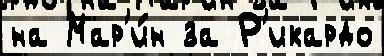
на Мар'и́н за Р'икардо